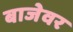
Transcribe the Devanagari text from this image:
बाजेवर